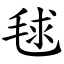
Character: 毬